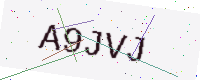
Text: A9JVJ